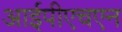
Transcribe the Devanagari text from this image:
आईपीएचएन